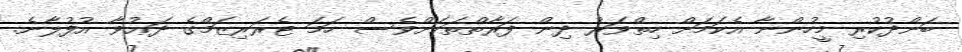
ބަންދުކުރި މީހުންނާ އެކަމަށް ހިތްވަރު ދިން ފަރާތްތަކަށްވެސް ހަމަ ޓެރަރިޒަމްގެ ދަޢުވާ އުފުލާނެ.